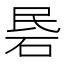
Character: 𰦱